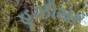
હૂઝીયર